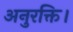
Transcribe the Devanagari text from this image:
अनुरक्ति।